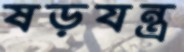
ষড়যন্ত্র